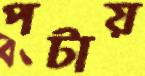
পটায়